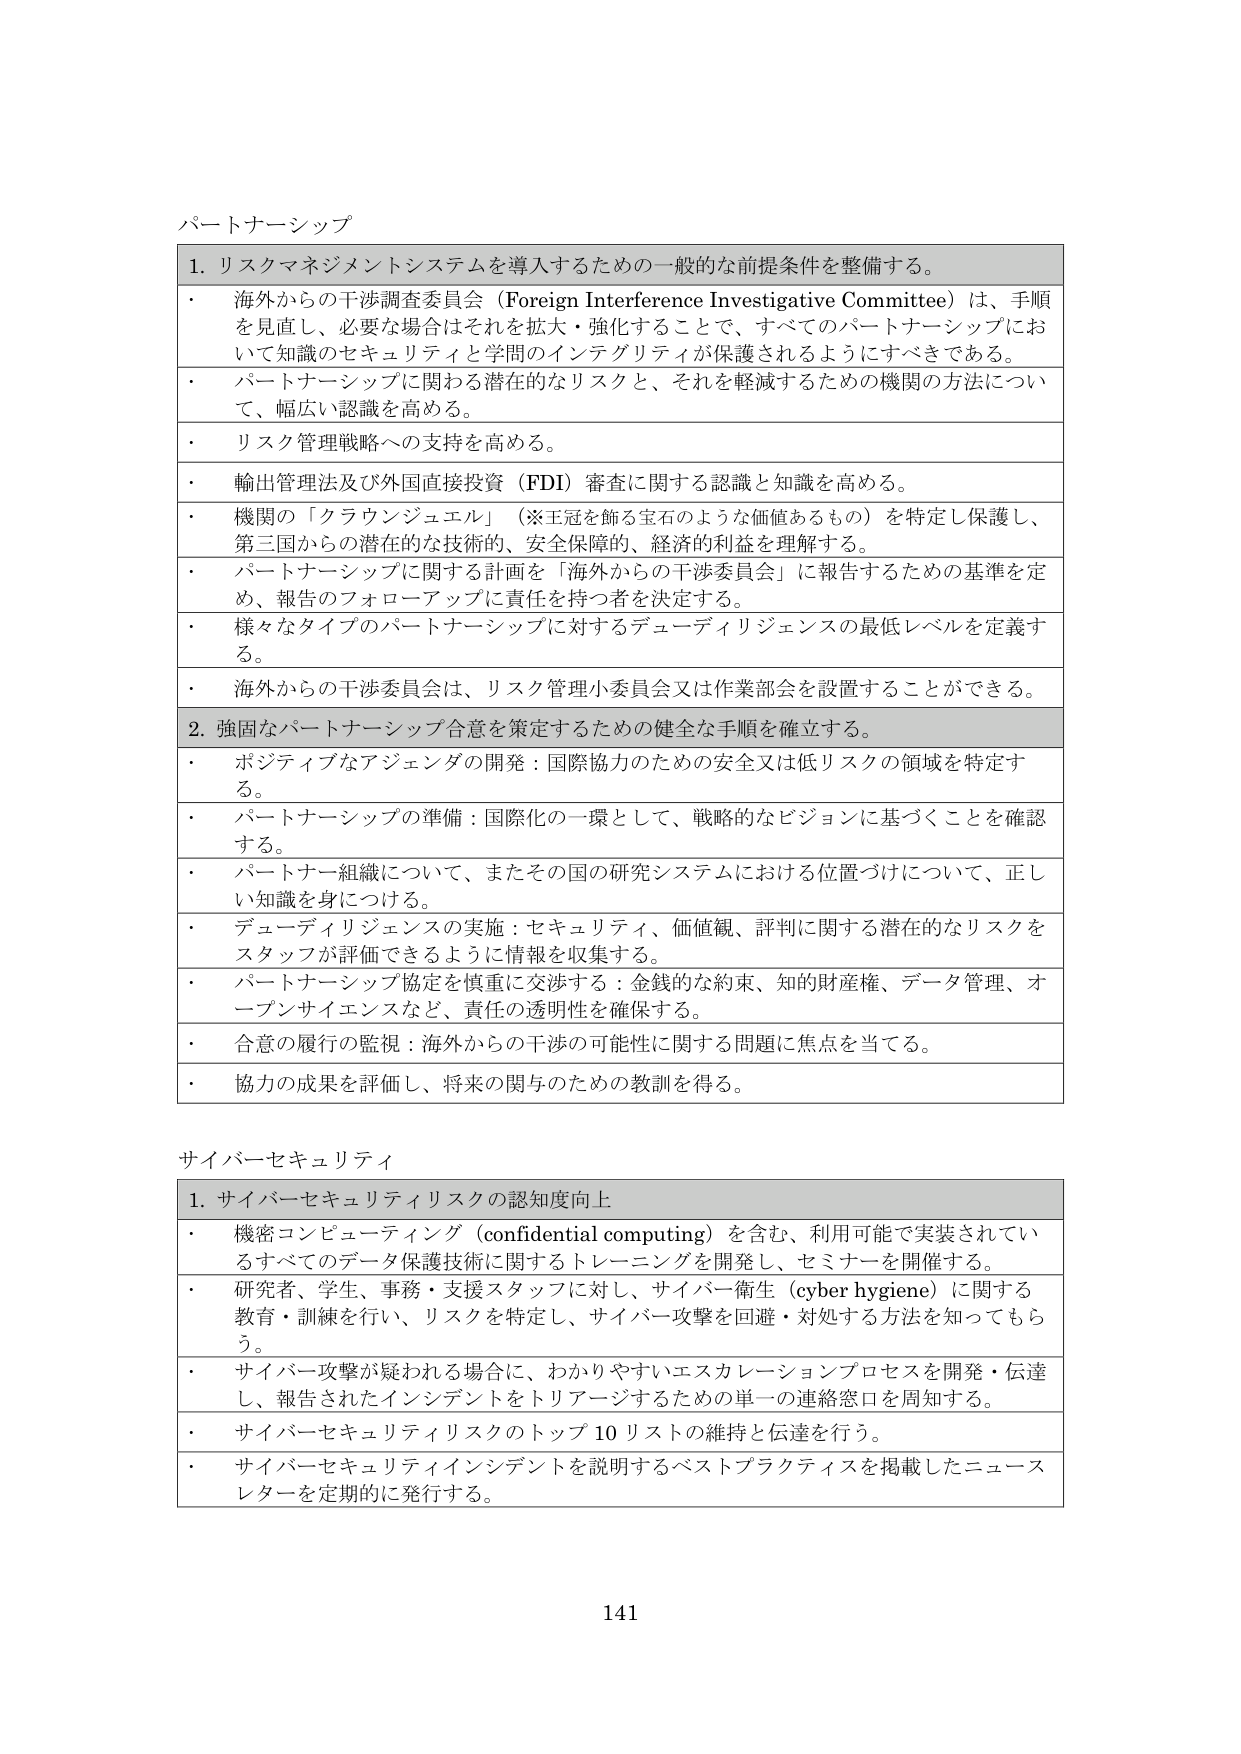
パートナーシップ

1. リスクマネジメントシステムを導入するための一般的な前提条件を整備する。
・ 海外からの干渉調査委員会（Foreign Interference Investigative Committee）は、手順を見直し、必要な場合はそれを拡大・強化することで、すべてのパートナーシップにおいて知識のセキュリティと学問のインテグリティが保護されるようにすべきである。
・ パートナーシップに関わる潜在的なリスクと、それを軽減するための機関の方法について、幅広い認識を高める。
・ リスク管理戦略への支持を高める。
・ 輸出管理法及び外国直接投資（FDI）審査に関する認識と知識を高める。
・ 機関の「クラウンジュエル」（※王冠を飾る宝石のような価値あるもの）を特定し保護し、第三国からの潜在的な技術的、安全保障的、経済的利益を理解する。
・ パートナーシップに関する計画を「海外からの干渉委員会」に報告するための基準を定め、報告のフォローアップに責任を持つ者を決定する。
・ 様々なタイプのパートナーシップに対するデューディリジェンスの最低レベルを定義する。
・ 海外からの干渉委員会は、リスク管理小委員会又は作業部会を設置することができる。

2. 強固なパートナーシップ合意を策定するための健全な手順を確立する。
・ ポジティブなアジェンダの開発：国際協力のための安全又は低リスクの領域を特定する。
・ パートナーシップの準備：国際化の一環として、戦略的なビジョンに基づくことを確認する。
・ パートナー組織について、またその国の研究システムにおける位置づけについて、正しい知識を身につける。
・ デューディリジェンスの実施：セキュリティ、価値観、評判に関する潜在的なリスクをスタッフが評価できるように情報を収集する。
・ パートナーシップ協定を慎重に交渉する：金銭的な約束、知的財産権、データ管理、オープンサイエンスなど、責任の透明性を確保する。
・ 合意の履行の監視：海外からの干渉の可能性に関する問題に焦点を当てる。
・ 協力の成果を評価し、将来の関与のための教訓を得る。

サイバーセキュリティ

1. サイバーセキュリティリスクの認知度向上
・ 機密コンピューティング（confidential computing）を含む、利用可能で実装されているすべてのデータ保護技術に関するトレーニングを開発し、セミナーを開催する。
・ 研究者、学生、事務・支援スタッフに対し、サイバー衛生（cyber hygiene）に関する教育・訓練を行い、リスクを特定し、サイバー攻撃を回避・対処する方法を知ってもらう。
・ サイバー攻撃が疑われる場合に、わかりやすいエスカレーションプロセスを開発・伝達し、報告されたインシデントをトリアージするための単一の連絡窓口を周知する。
・ サイバーセキュリティリスクのトップ10リストの維持と伝達を行う。
・ サイバーセキュリティインシデントを説明するベストプラクティスを掲載したニュースレターを定期的に発行する。

141